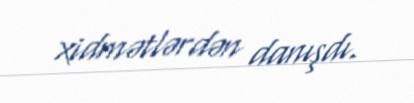
xidmətlərdən danışdı.